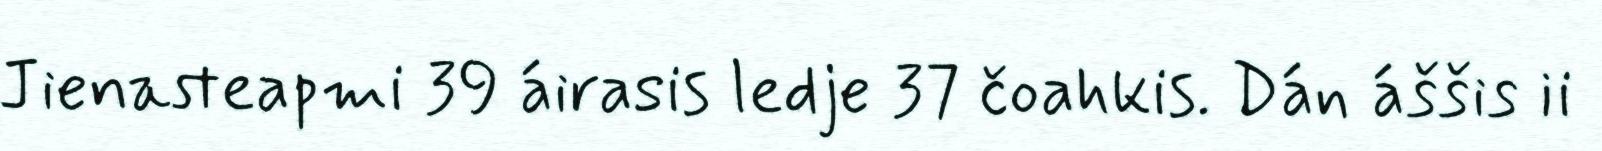
Jienasteapmi 39 áirasis ledje 37 čoahkis. Dán áššis ii